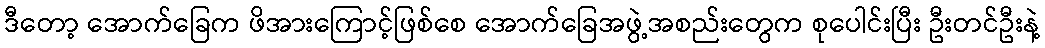
ဒီတော့ အောက်ခြေက ဖိအားကြောင့်ဖြစ်စေ အောက်ခြေအဖွဲ့အစည်းတွေက စုပေါင်းပြီး ဦးတင်ဦးနဲ့